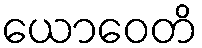
ယောဝေတိ